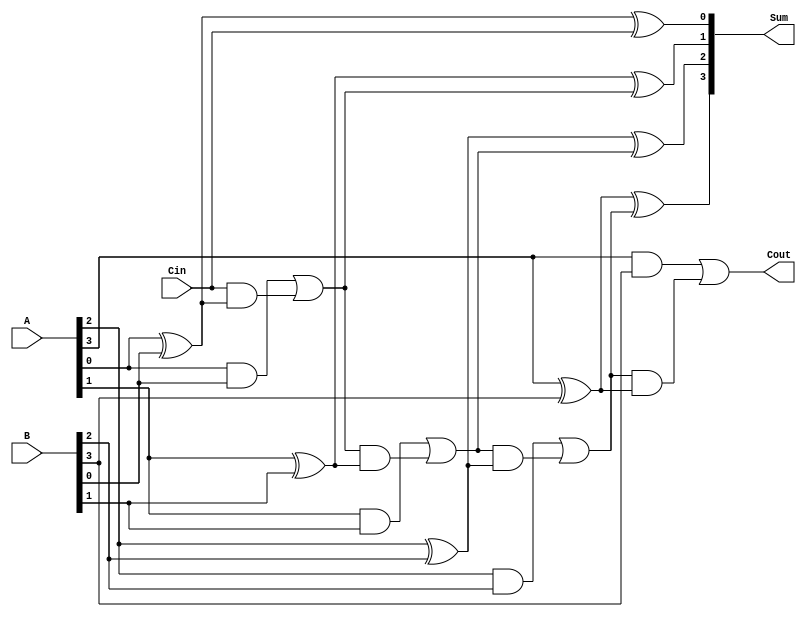
module ParallelFullAdder #(parameter n = 4) (
    input  [n-1:0] A,       // First operand
    input  [n-1:0] B,       // Second operand
    input        Cin,        // Carry input
    output [n-1:0] Sum,      // Sum output
    output       Cout        // Carry output
);

    wire [n:0] C; // Carry wires, C[0] is Cin, C[n] is Cout

    // Assign the carry input
    assign C[0] = Cin;

    // Generate full adders for each bit
    genvar i;
    generate
        for (i = 0; i < n; i = i + 1) begin : full_adder
            // Sum calculation
            assign Sum[i] = A[i] ^ B[i] ^ C[i];

            // Carry calculation
            assign C[i + 1] = (A[i] & B[i]) | (C[i] & (A[i] ^ B[i]));
        end
    endgenerate

    // Assign the final carry output
    assign Cout = C[n];

endmodule